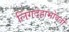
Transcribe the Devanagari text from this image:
लिंगदेहाभोवती